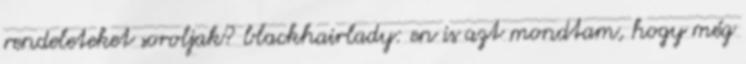
rendeleteket soroljak? blackhairlady: en is azt mondtam, hogy még